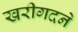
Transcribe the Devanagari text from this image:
खरीगदने